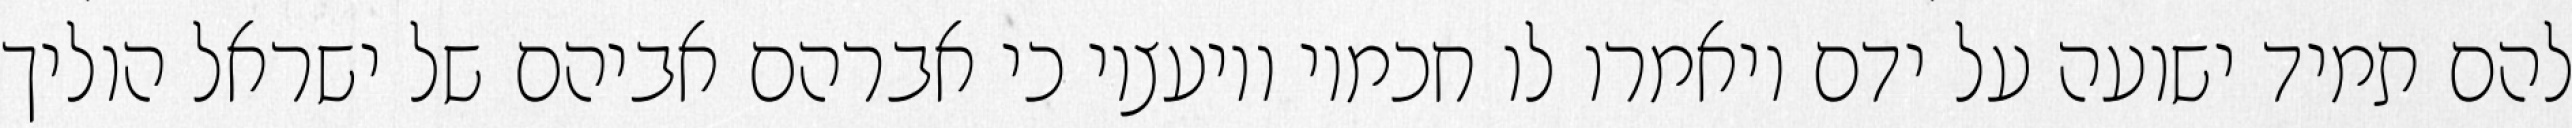
להם תמיד ישועה על ידם ויאמרו לו חכמיו ויועציו כי אברהם אביהם של ישראל הוליך